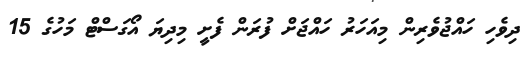
ދިވެހި ހައްޖުވެރިން މިއަހަރު ހައްޖަށް ފުރަން ފެށީ މިދިޔަ އޯގަސްޓް މަހުގެ 15